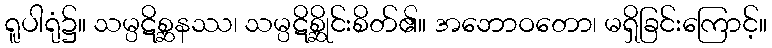
ရူပါရုံ၌။ သမ္ပဋိစ္ဆနဿ၊ သမ္ပဋိစ္ဆိုင်းစိတ်၏။ အဘောဝတော၊ မရှိခြင်းကြောင့်။